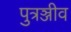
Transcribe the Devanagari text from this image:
पुत्रञ्जीव